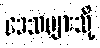
ဒေသများသို့